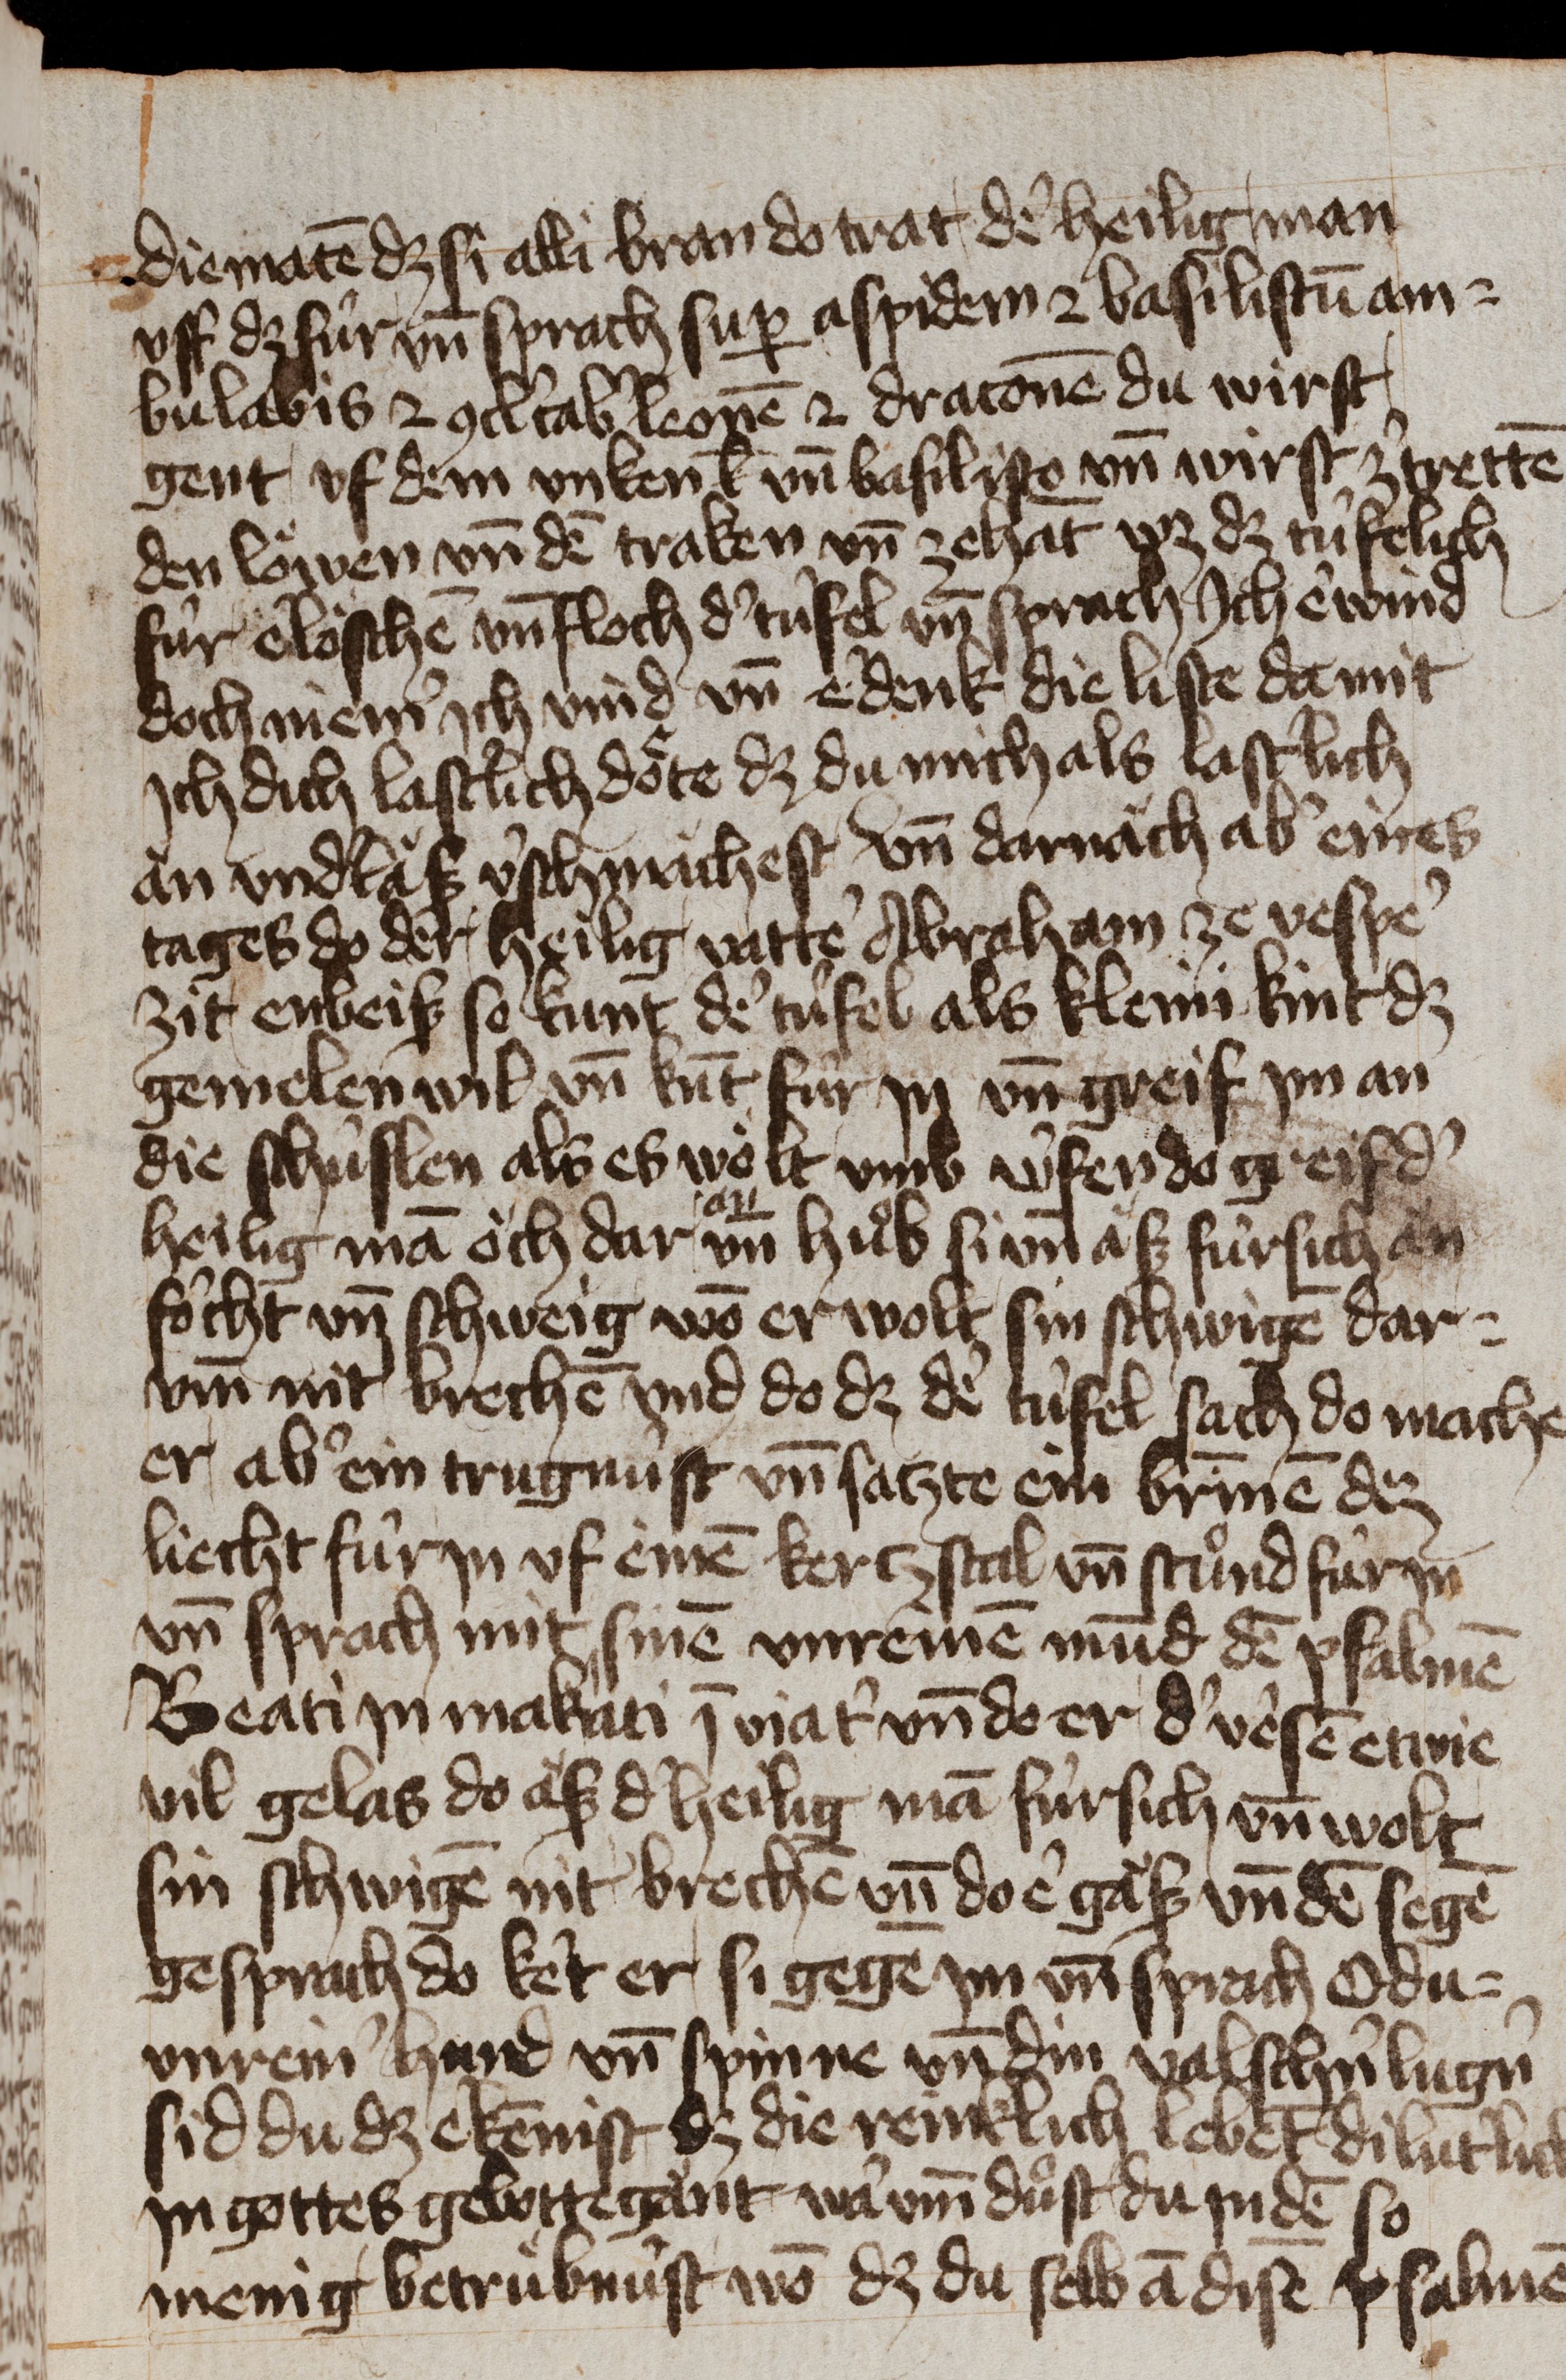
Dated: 1400–1449